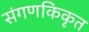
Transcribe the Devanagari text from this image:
संगणकिकृत